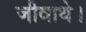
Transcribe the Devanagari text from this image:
जीवाथे।